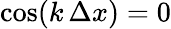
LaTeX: \cos(k\, \Delta x)=0